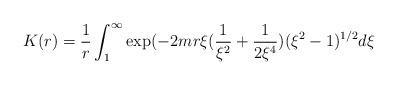
LaTeX: \begin{align*}K(r)=\frac{1}{r}\int_{1}^{\infty} \exp (-2mr\xi(\frac{1}{\xi^{2}}+\frac{1}{2\xi^{4}})(\xi^{2}-1)^{1/2}d\xi\end{align*}